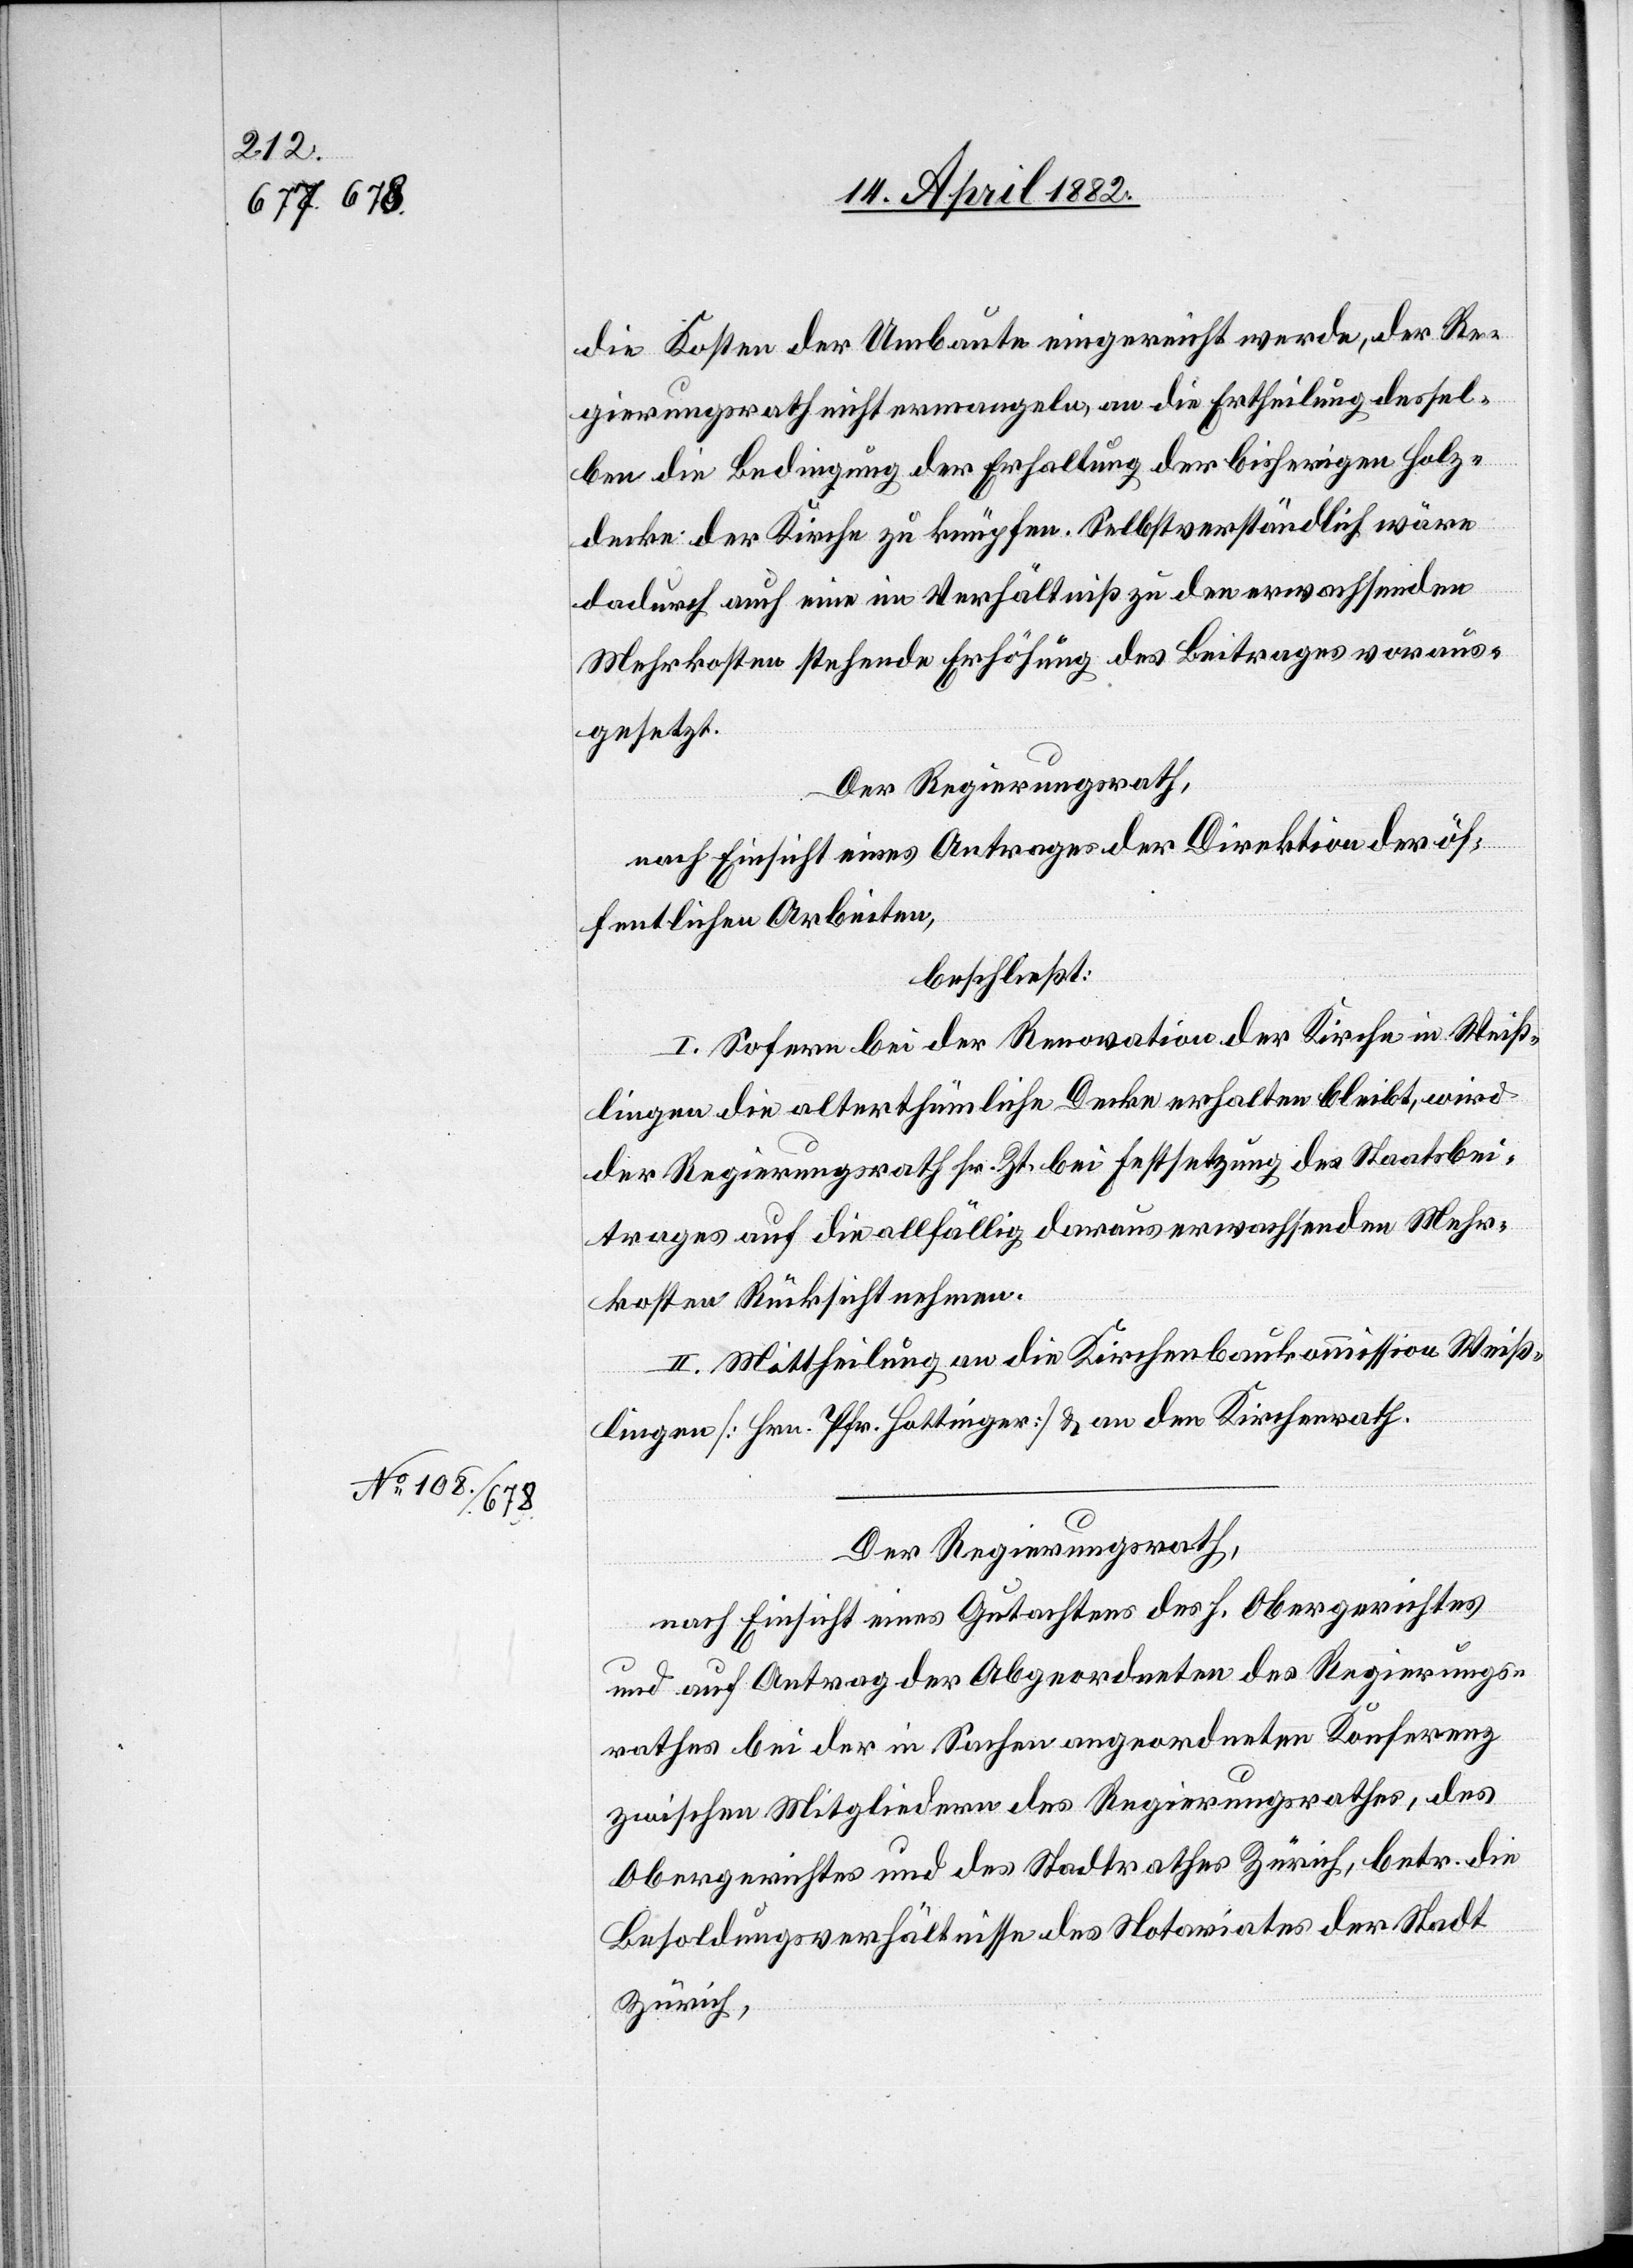
die Kosten der Umbaute eingereicht werde, der Re¬
gierungsrath nicht ermangeln, an die Ertheilung dessel¬
ben die Bedingung der Erhaltung der bisherigen Holz¬
decke der Kirche zu knüpfen. Selbstverständlich wäre
dadurch auch eine im Verhältniß zu den erwachsenden
Mehrkosten stehende Erhöhung des Beitrages voraus¬
gesetzt.
Der Regierungsrath,
nach Einsicht eines Antrages der Direktion der öf¬
fentlichen Arbeiten,
beschließt:
I. Sofern bei der Renovation der Kirche in Weiß¬
lingen die alterthümliche Decke erhalten bleibt, wird
der Regierungsrath sr. Zt. bei Festsetzung des Staatsbei¬
trages auf die allfällig daraus erwachsenden Mehr¬
kosten Rücksicht nehmen.
II. Mittheilung an die Kirchenbaukommission Weiß¬
lingen [Hrn. Pfr. Hottinger] & an den Kirchenrath.
Der Regierungsrath,
nach Einsicht eines Gutachtens des h. Obergerichtes
und auf Antrag der Abgeordneten des Regierungs¬
rathes bei der in Sachen angeordneten Konferenz
zwischen Mitgliedern des Regierungsrathes, des
Obergerichtes und des Stadtrathes Zürich, betr. die
Besoldungsverhältnisse des Notariates der Stadt
Zürich,